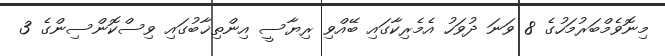
މިނޮވެމްބަރުމަހުގެ 8 ވަނަ ދުވަހު އެމެރިކާގައި ބޭއްވި ރިޔާސީ އިންތިޚާބުގައި ވިސްކޮންސިންގެ 3